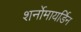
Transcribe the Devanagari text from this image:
शर्नोमायर्डिन